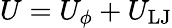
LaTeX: U=U_{\phi}+U_{\mathrm{LJ}}